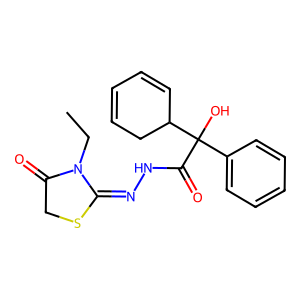
SMILES: CCN1C(=O)CSC1=NNC(=O)C(O)(c1ccccc1)C1C=CC=CC1
Inhibits HIV replication: No